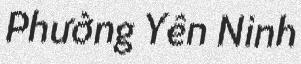
Phường Yên Ninh